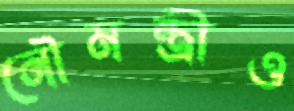
নৌমন্ত্রীও